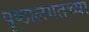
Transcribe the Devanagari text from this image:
पृष्ठालगतच्या